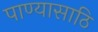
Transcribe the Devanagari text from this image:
पाण्यासाठि